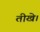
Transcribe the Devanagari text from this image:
तीखे।